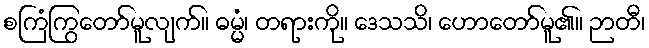
စကြံကြွတော်မူလျက်။ ဓမ္မံ၊ တရားကို။ ဒေသသိ၊ ဟောတော်မူ၏။ ဉာတီ၊